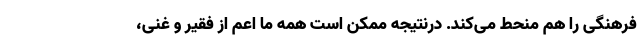
فرهنگی را هم منحط می‌کند. درنتیجه ممکن است همه ما اعم از فقیر و غنی،